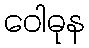
ဝေါဓုန